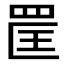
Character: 𦊺